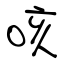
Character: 咳